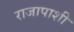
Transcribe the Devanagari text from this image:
राजापाशी